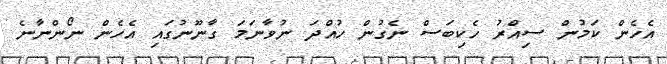
އެހެން ކަމުން ސިއްރު ހެކިބަސް ނެގުން ހުއްދަ ނުވާނަމަ ގާނޫނުގައި އެހެން ނޯންނާނެ